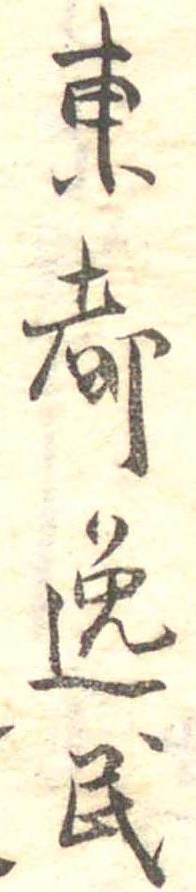
東都逸民